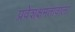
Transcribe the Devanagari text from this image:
प्रवेशक्षमतावाला